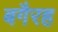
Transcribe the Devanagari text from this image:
बगैरह